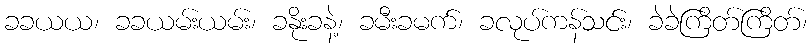
ခခယယ၊ ခခယမ်းယမ်း၊ ခနိုးခနဲ့၊ ခမီးခမက်၊ ခလုပ်ကန်သင်း၊ ခဲခဲကြိတ်ကြိတ်၊